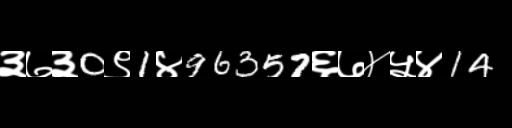
Text: ३७३0९1४96357६७४५४14